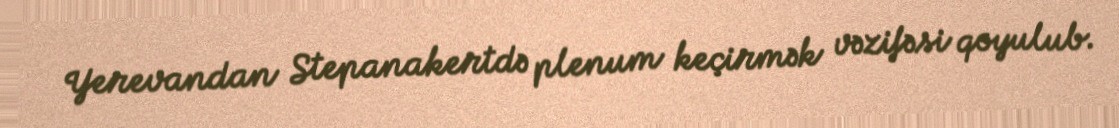
Yerevandan Stepanakertdə plenum keçirmək vəzifəsi qoyulub.